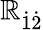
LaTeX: \mathbb{R}_{\dot{{1}}\dot{{2}}}